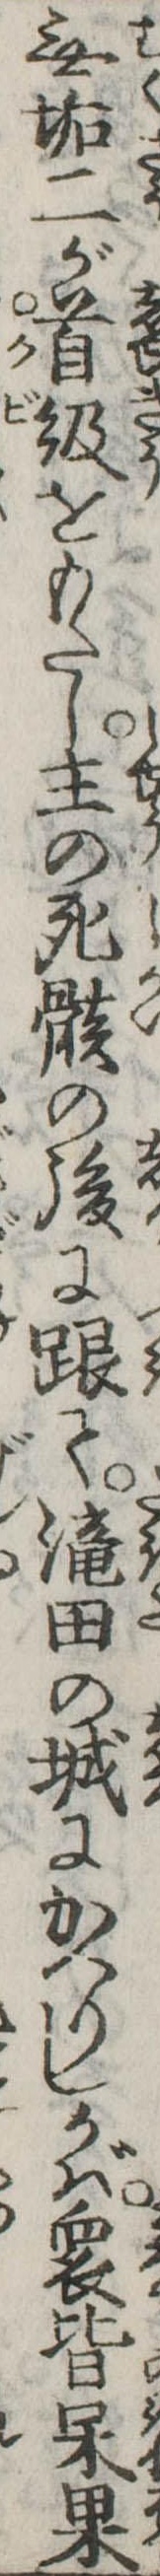
無垢が首級をもたし主の死骸の後に跟て滝田の城にかへりしかば衆皆呆果